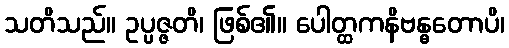
သတိသည်။ ဥပ္ပဇ္ဇတိ၊ ဖြစ်၏။ ပေါတ္ထကနိဗန္ဓတောပိ၊